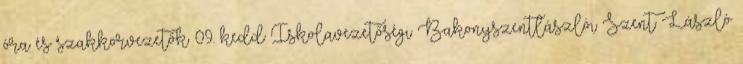
óra és szakkörvezetők 09. kedd Iskolavezetőségi Bakonyszentlászlói Szent László